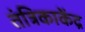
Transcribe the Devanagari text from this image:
तंत्रिकाकेंद्र